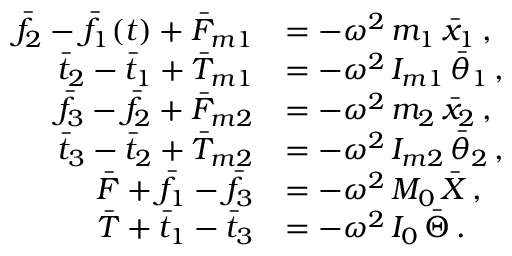
\begin{array} { r l } { \bar { f } _ { 2 } - \bar { f } _ { 1 } ( t ) + \bar { F } _ { m 1 } } & { = - \omega ^ { 2 } \, m _ { 1 } \, \bar { x } _ { 1 } \, , } \\ { \bar { t } _ { 2 } - \bar { t } _ { 1 } + \bar { T } _ { m 1 } } & { = - \omega ^ { 2 } \, I _ { m 1 } \, \bar { \theta } _ { 1 } \, , } \\ { \bar { f } _ { 3 } - \bar { f } _ { 2 } + \bar { F } _ { m 2 } } & { = - \omega ^ { 2 } \, m _ { 2 } \, \bar { x } _ { 2 } \, , } \\ { \bar { t } _ { 3 } - \bar { t } _ { 2 } + \bar { T } _ { m 2 } } & { = - \omega ^ { 2 } \, I _ { m 2 } \, \bar { \theta } _ { 2 } \, , } \\ { \bar { F } + \bar { f } _ { 1 } - \bar { f } _ { 3 } } & { = - \omega ^ { 2 } \, M _ { 0 } \, \bar { X } \, , } \\ { \bar { T } + \bar { t } _ { 1 } - \bar { t } _ { 3 } } & { = - \omega ^ { 2 } \, I _ { 0 } \, \bar { \Theta } \, . } \end{array}